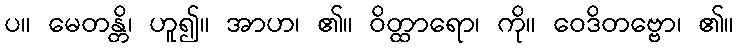
ပ။ မေတန္တိ၊ ဟူ၍။ အာဟ၊ ၏။ ဝိတ္ထာရော၊ ကို။ ဝေဒိတဗ္ဗော၊ ၏။